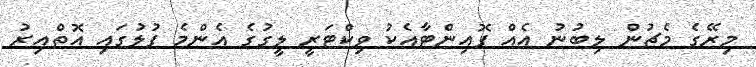
މިރޭގެ މެޗުން ލިބުނު އެއް ޕޮއިންޓާއެކު ވިކްޓަރީ ލީގުގެ އެންމެ ފުލުގައި އޮތްއިރު